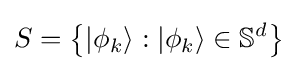
S=\left\{|\phi _{k}\rangle :|\phi _{k}\rangle \in \mathbb {S} ^{d}\right\}